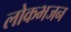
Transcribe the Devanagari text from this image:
लोकभजन